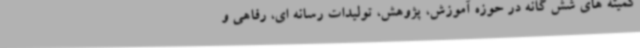
کمیته های شش گانه در حوزه آموزش، پژوهش، تولیدات رسانه ای، رفاهی و